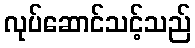
လုပ်ဆောင်သင့်သည်